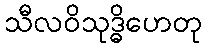
သီလဝိသုဒ္ဓိဟေတု